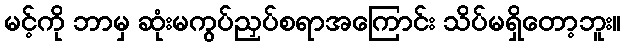
မင့်ကို ဘာမှ ဆုံးမကွပ်ညှပ်စရာအကြောင်း သိပ်မရှိတော့ဘူး။